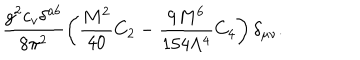
\frac { g ^ { 2 } c _ { v } \delta ^ { a b } } { 8 \pi ^ { 2 } } \left( \frac { M ^ { 2 } } { 4 0 } C _ { 2 } - \frac { 9 M ^ { 6 } } { 1 5 4 \Lambda ^ { 4 } } C _ { 4 } \right) \delta _ { \mu \nu } .